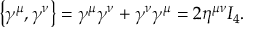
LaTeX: \left\{ \gamma ^ { \mu } , \gamma ^ { \nu } \right\} = \gamma ^ { \mu } \gamma ^ { \nu } + \gamma ^ { \nu } \gamma ^ { \mu } = 2 \eta ^ { \mu \nu } I _ { 4 } .